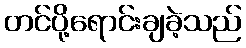
တင်ပို့ရောင်းချခဲ့သည်